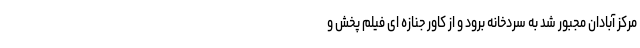
مرکز آبادان مجبور شد به سردخانه برود و از کاور جنازه ای فیلم پخش و